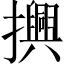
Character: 𢸾